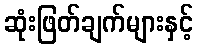
ဆုံးဖြတ်ချက်များနှင့်